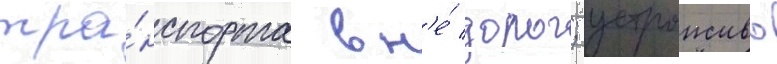
тра́нспорта вн'е́ дорог; устроиство